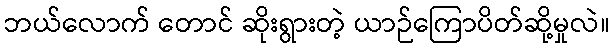
ဘယ်လောက် တောင် ဆိုးရွားတဲ့ ယာဉ်ကြောပိတ်ဆို့မှုလဲ။